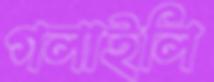
গলাইলি